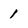
Character: 1